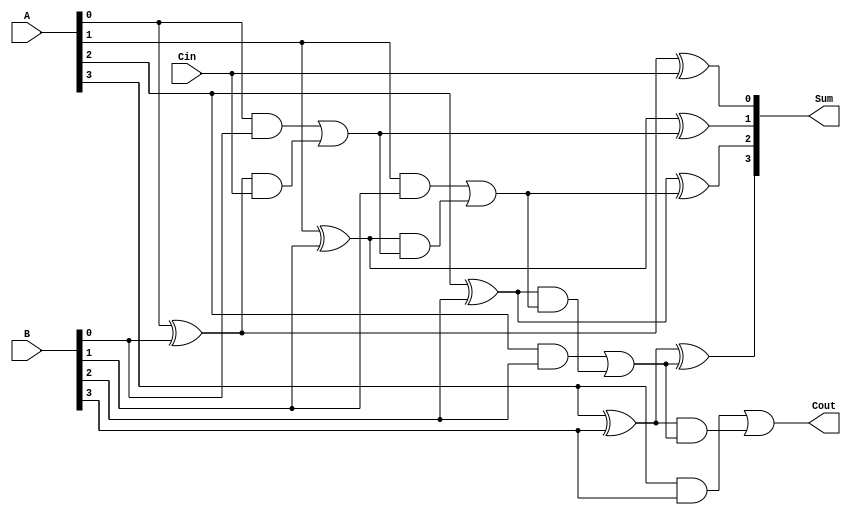
module rc4bit(A,B,Cin,Sum,Cout);
input [3:0] A,B;
input Cin;
output reg [3:0] Sum;
output reg Cout;
reg [3:0] C;
always @(A or B or Cin)
    begin
       
        C[0] = (A[0]&B[0])|((A[0]^B[0])& Cin);
        C[1] = (A[1]&B[1])|((A[1]^B[1])& C[0]);
        C[2] = (A[2]&B[2])|((A[2]^B[2])& C[1]);
        C[3] = (A[3]&B[3])|((A[3]^B[3])& C[2]);
        Cout = C[3];

        Sum[0] = (A[0] ^ B[0])^Cin;
        Sum[1] = (A[1] ^ B[1])^C[0];
        Sum[2] = (A[2] ^ B[2])^C[1];
        Sum[3] = (A[3] ^ B[3])^C[2];
       
    end
endmodule